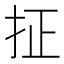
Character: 𪭤